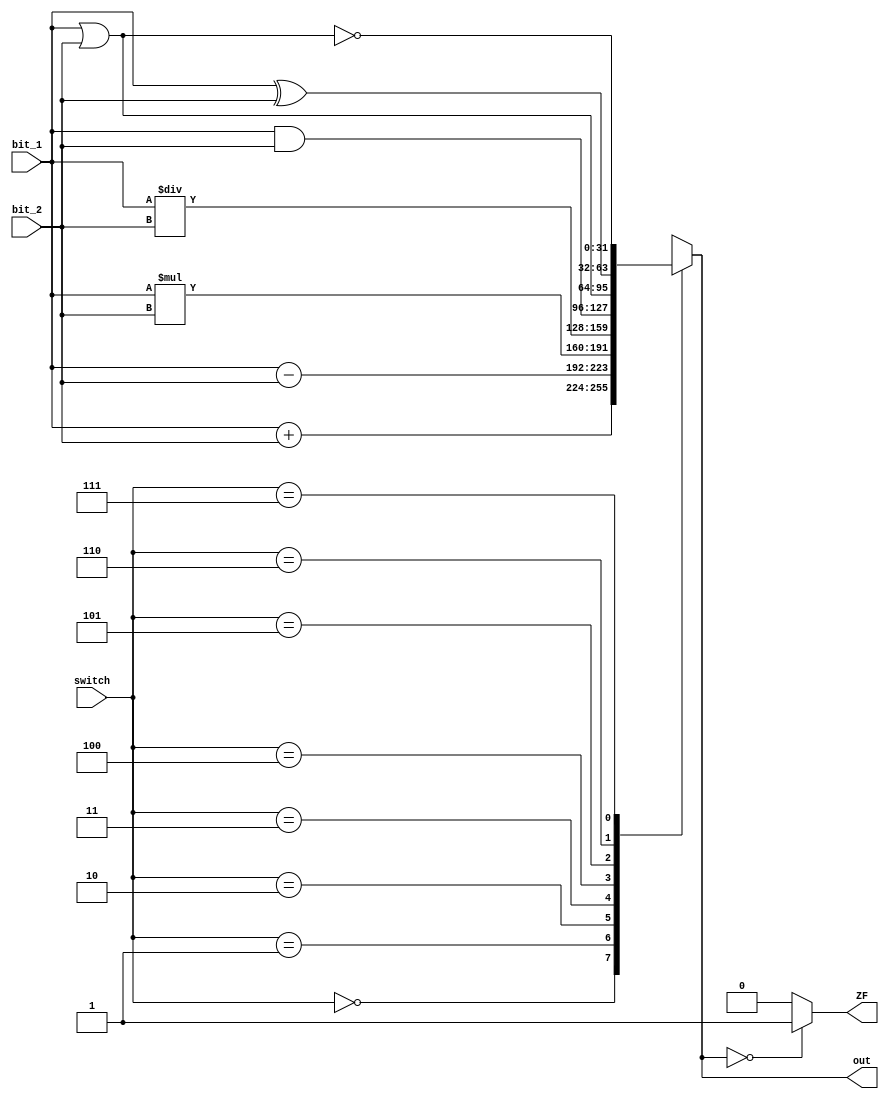
`timescale 1ps/1ps

module alu_11
(
input [31:0]bit_1,
input [31:0]bit_2,
input [2:0]switch,
output reg [31:0]out,
output  reg ZF
);
always @(*)

begin 

	case (switch)
	3'b000:
		begin out=bit_1 + bit_2; end //suma
	3'b001:
		begin out=bit_1 - bit_2; end //resta
	3'b010:
		begin out=bit_1 * bit_2; end //multiplicacion
	3'b011:
		begin out=bit_1 / bit_2; end //division
	3'b100:
		begin out=bit_1 & bit_2; end //and
	3'b101:
		begin out=bit_1 | bit_2; end //or
	3'b110:
		begin out=bit_1 ^ bit_2; end //xor
	3'b111:
		begin out=~(bit_1 | bit_2); end //nor
	endcase
	begin
	if(out==0)
		ZF=1;
	else
		ZF=0;	
end 
end
endmodule